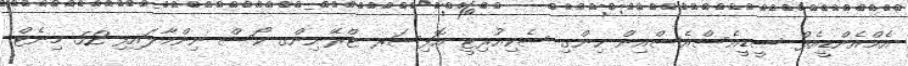
އެމްއެންޑީއެފް ސީޑީއެސްއެސްއިން ހިންގި ސެކިއުރިޓީ އޮފިސަރ ޓްރޭނިންގ ކޯސް ނިންމާލައިފި 52 މިނެޓް